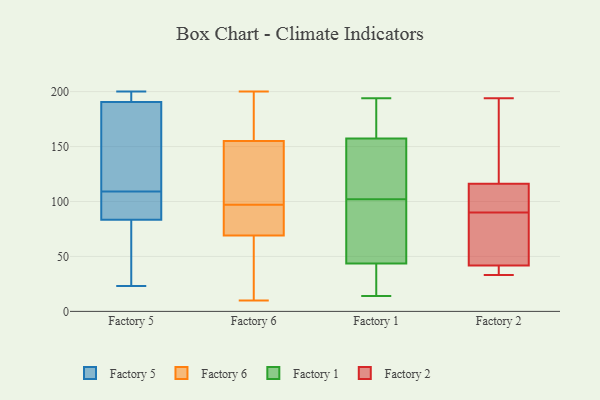
{"axis": {"x": "Revenue (USD Million)", "y": "Value"}, "legend": ["Factory 1", "Factory 2", "Factory 5", "Factory 6"], "data": [{"x": "", "y": 190, "type": "Factory 5"}, {"x": "", "y": 114, "type": "Factory 5"}, {"x": "", "y": 97, "type": "Factory 5"}, {"x": "", "y": 200, "type": "Factory 5"}, {"x": "", "y": 70, "type": "Factory 5"}, {"x": "", "y": 166, "type": "Factory 5"}, {"x": "", "y": 191, "type": "Factory 5"}, {"x": "", "y": 104, "type": "Factory 5"}, {"x": "", "y": 199, "type": "Factory 5"}, {"x": "", "y": 101, "type": "Factory 5"}, {"x": "", "y": 23, "type": "Factory 5"}, {"x": "", "y": 66, "type": "Factory 5"}, {"x": "", "y": 96, "type": "Factory 6"}, {"x": "", "y": 27, "type": "Factory 6"}, {"x": "", "y": 155, "type": "Factory 6"}, {"x": "", "y": 90, "type": "Factory 6"}, {"x": "", "y": 139, "type": "Factory 6"}, {"x": "", "y": 31, "type": "Factory 6"}, {"x": "", "y": 10, "type": "Factory 6"}, {"x": "", "y": 122, "type": "Factory 6"}, {"x": "", "y": 200, "type": "Factory 6"}, {"x": "", "y": 113, "type": "Factory 6"}, {"x": "", "y": 98, "type": "Factory 6"}, {"x": "", "y": 157, "type": "Factory 6"}, {"x": "", "y": 69, "type": "Factory 6"}, {"x": "", "y": 69, "type": "Factory 6"}, {"x": "", "y": 73, "type": "Factory 6"}, {"x": "", "y": 157, "type": "Factory 6"}, {"x": "", "y": 171, "type": "Factory 6"}, {"x": "", "y": 83, "type": "Factory 6"}, {"x": "", "y": 95, "type": "Factory 1"}, {"x": "", "y": 181, "type": "Factory 1"}, {"x": "", "y": 14, "type": "Factory 1"}, {"x": "", "y": 130, "type": "Factory 1"}, {"x": "", "y": 17, "type": "Factory 1"}, {"x": "", "y": 63, "type": "Factory 1"}, {"x": "", "y": 101, "type": "Factory 1"}, {"x": "", "y": 152, "type": "Factory 1"}, {"x": "", "y": 194, "type": "Factory 1"}, {"x": "", "y": 159, "type": "Factory 1"}, {"x": "", "y": 182, "type": "Factory 1"}, {"x": "", "y": 122, "type": "Factory 1"}, {"x": "", "y": 15, "type": "Factory 1"}, {"x": "", "y": 119, "type": "Factory 1"}, {"x": "", "y": 102, "type": "Factory 1"}, {"x": "", "y": 37, "type": "Factory 1"}, {"x": "", "y": 70, "type": "Factory 1"}, {"x": "", "y": 192, "type": "Factory 1"}, {"x": "", "y": 24, "type": "Factory 1"}, {"x": "", "y": 62, "type": "Factory 2"}, {"x": "", "y": 40, "type": "Factory 2"}, {"x": "", "y": 106, "type": "Factory 2"}, {"x": "", "y": 41, "type": "Factory 2"}, {"x": "", "y": 82, "type": "Factory 2"}, {"x": "", "y": 33, "type": "Factory 2"}, {"x": "", "y": 42, "type": "Factory 2"}, {"x": "", "y": 90, "type": "Factory 2"}, {"x": "", "y": 93, "type": "Factory 2"}, {"x": "", "y": 172, "type": "Factory 2"}, {"x": "", "y": 194, "type": "Factory 2"}, {"x": "", "y": 147, "type": "Factory 2"}, {"x": "", "y": 101, "type": "Factory 2"}]}